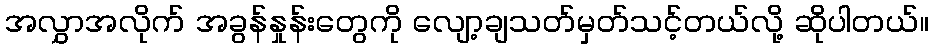
အလွှာအလိုက် အခွန်နှုန်းတွေကို လျော့ချသတ်မှတ်သင့်တယ်လို့ ဆိုပါတယ်။